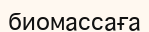
биомассаға